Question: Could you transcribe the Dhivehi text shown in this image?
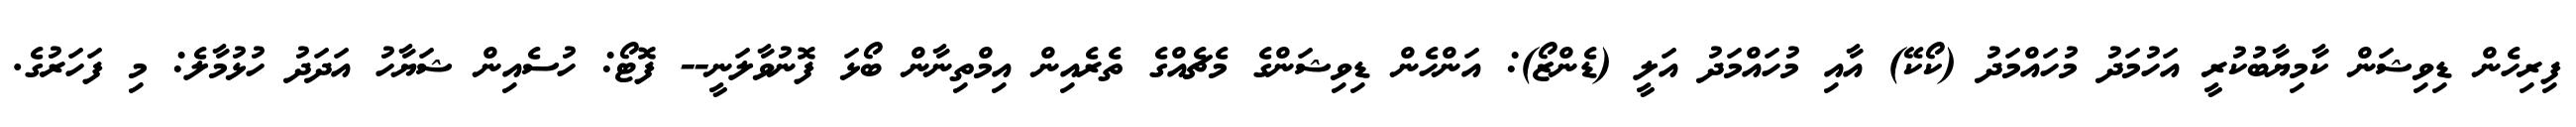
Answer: ފިރިހެން ޑިވިޝަން ކާމިޔާބުކުރީ އަހުމަދު މުހައްމަދު (ކޯކޭ) އާއި މުހައްމަދު އަލީ (ޑެންޒޯ): އަންހެން ޑިވިޝަންގެ މެޗެއްގެ ތެރެއިން އިމްތިނާން ބޯޅަ ފޮނުވާލަނީ-- ފޮޓޯ: ހުސެއިން ޝަޔާހު އަދަދު ހުޅުމާލެ: މި ފަހަރުގެ.